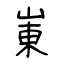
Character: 崬